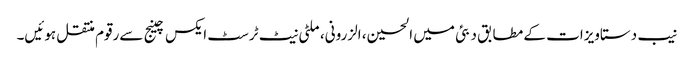
نیب دستاویزات کے مطابق دبئی میں الحسین، الزرونی، ملٹی نیٹ ٹرسٹ ایکس چینج سےرقوم منتقل ہوئیں۔